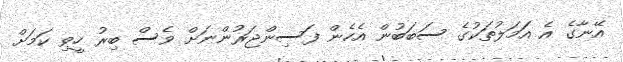
އޭނާގެ އެ އަަމަލުތަކުގެ ސަބަބުން އެހެން ފަސިންޖަރުންނަށް ވެސް ބިރު ހީވި ކަމަށް